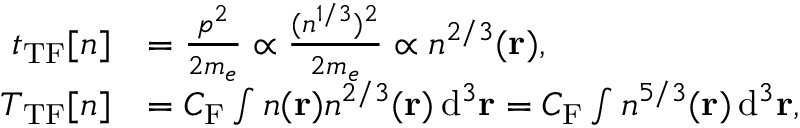
{ \begin{array} { r l } { t _ { \mathrm { T F } } [ n ] } & { = { \frac { p ^ { 2 } } { 2 m _ { e } } } \propto { \frac { ( n ^ { 1 / 3 } ) ^ { 2 } } { 2 m _ { e } } } \propto n ^ { 2 / 3 } ( \mathbf { r } ) , } \\ { T _ { \mathrm { T F } } [ n ] } & { = C _ { \mathrm { F } } \int n ( \mathbf { r } ) n ^ { 2 / 3 } ( \mathbf { r } ) \, \mathrm { d } ^ { 3 } \mathbf { r } = C _ { \mathrm { F } } \int n ^ { 5 / 3 } ( \mathbf { r } ) \, \mathrm { d } ^ { 3 } \mathbf { r } , } \end{array} }